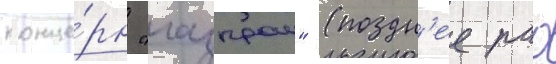
конце́рн "газпром" (поздн'ее рао